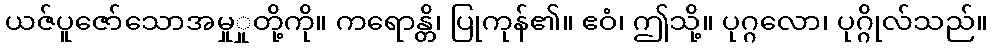
ယဇ်ပူဇော်သောအမှုှုတို့ကို။ ကရောန္တိ၊ ပြုကုန်၏။ ဧဝံ၊ ဤသို့။ ပုဂ္ဂလော၊ ပုဂ္ဂိုလ်သည်။